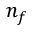
n _ { f }